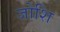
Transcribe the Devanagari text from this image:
जोशि